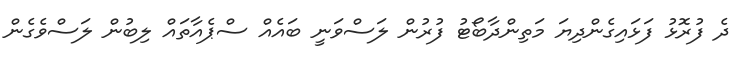
ދެ ފުރޮޅު ފަޅައިގެންދިޔަ މަތިންދާބޯޓު ފުރުން ލަސްވަނީ ބައެއް ސްޕެއާތައް ލިބުން ލަސްވެގެން